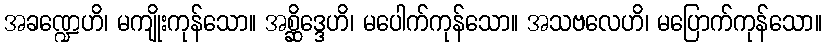
အခဏ္ဍေဟိ၊ မကျိုးကုန်သော။ အစ္ဆိဒ္ဒေဟိ၊ မပေါက်ကုန်သော။ အသဗလေဟိ၊ မပြောက်ကုန်သော။